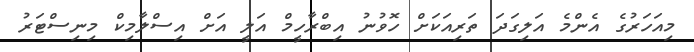
މިއަހަރުގެ އެންމެ އަލިގަދަ ތަރިއަކަށް ހޮވުނު އިބްރާހީމް އަލީ އަށް އިސްލާމިކް މިނިސްޓަރު